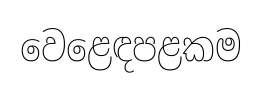
වෙළෙඳපළකම